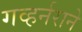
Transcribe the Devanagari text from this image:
गव्हर्नराने